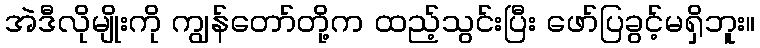
အဲဒီလိုမျိုးကို ကျွန်တော်တို့က ထည့်သွင်းပြီး ဖော်ပြခွင့်မရှိဘူး။